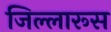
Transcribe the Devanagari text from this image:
जिल्लारूस